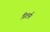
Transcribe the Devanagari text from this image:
रिटर्न।